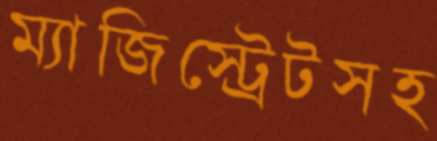
ম্যাজিস্ট্রেটসহ